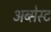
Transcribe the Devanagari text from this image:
अब्सेस्ट